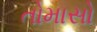
તોમાસો